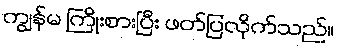
ကျွန်မ ကြိုးစားပြီး ဖတ်ပြလိုက်သည်။